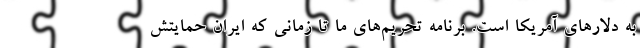
به دلارهای آمریکا است. برنامه تحریم‌های ما تا زمانی که ایران حمایتش